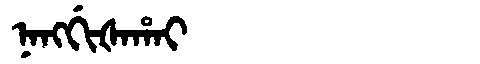
Manchu: ᠨᠠᠩᡤᡳᡧᠠᡥᠠᡳ
Romanization: NANGGIŠAHAI